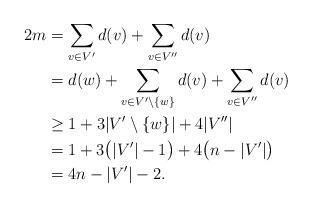
LaTeX: \begin{align*}2m&= \sum_{v\in V'} d(v) + \sum_{v \in V''} d(v) \\ &= d(w) + \sum_{v \in V'\setminus \{w\}} d(v) + \sum_{v \in V''} d(v)\\&\geq 1 + 3|V' \setminus \{w\}| + 4 |V''| \\&= 1 + 3\big(|V'|-1\big) + 4\big(n-|V'|\big) \\&= 4n - |V'| - 2.\end{align*}